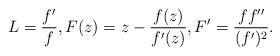
LaTeX: \begin{align*}L = \frac{f'}f, F(z) = z - \frac{f(z)}{f'(z)}, F' = \frac{ff''}{(f')^2} .\end{align*}